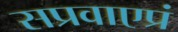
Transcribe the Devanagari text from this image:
सप्रवाएप्रं